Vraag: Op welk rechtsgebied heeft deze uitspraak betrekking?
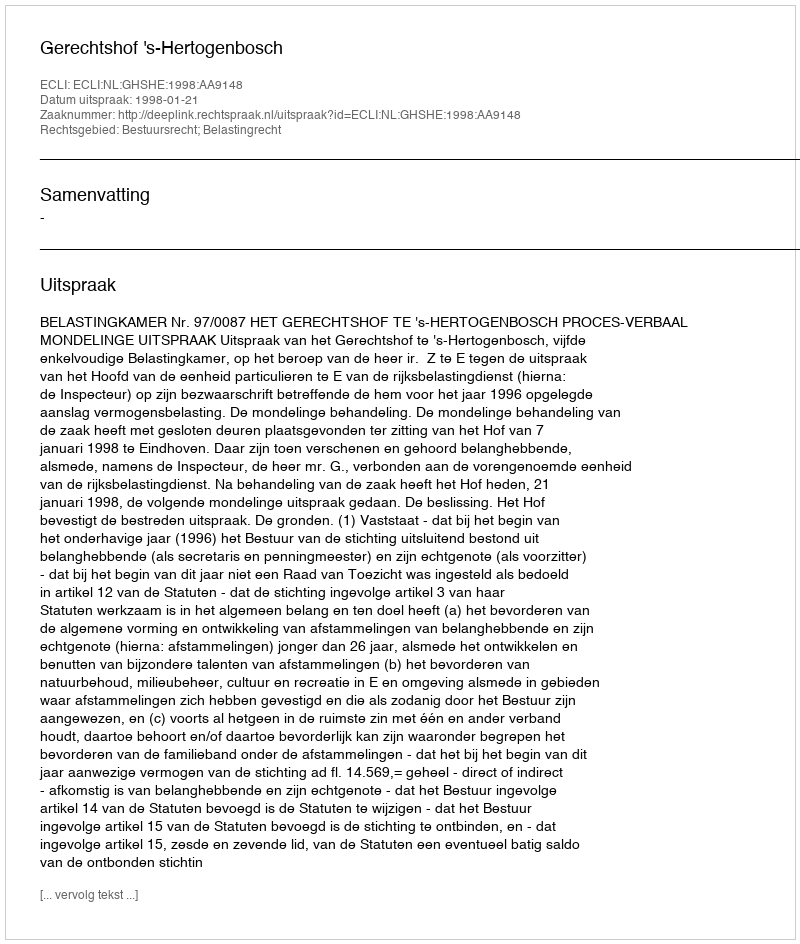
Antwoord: Bestuursrecht; Belastingrecht